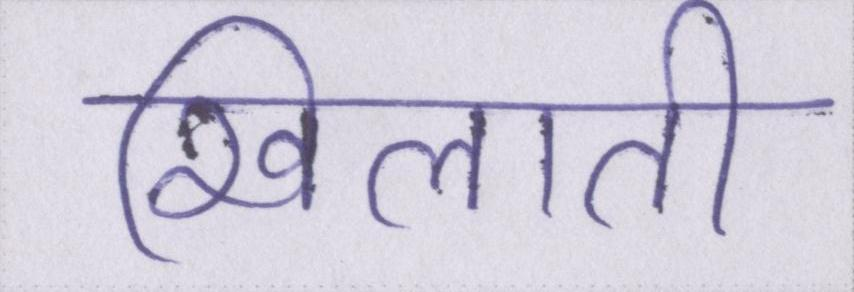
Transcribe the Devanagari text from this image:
खिलाती